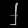
Digit: ၂